Indian journal of veterinary science and animal husbandry - Volume 4,
Year: 1934
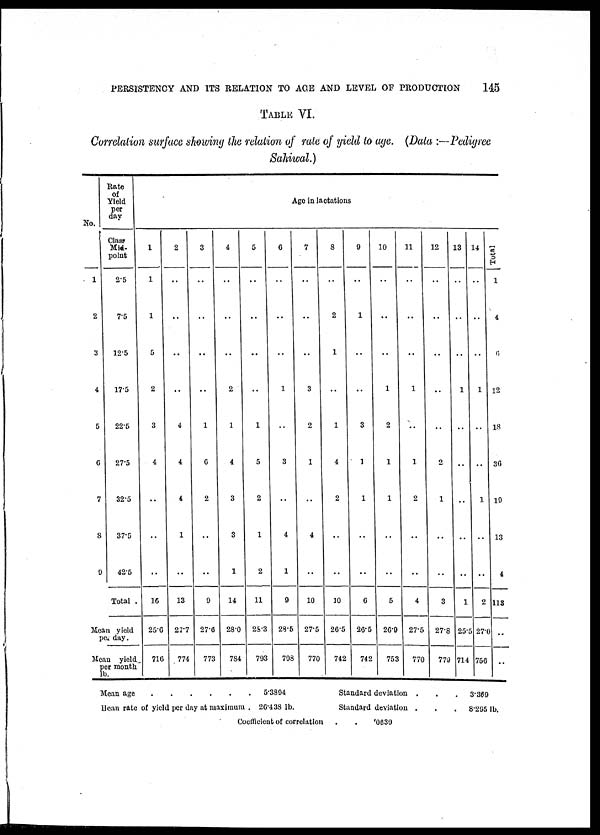
PERSISTENCY AND ITS RELATION TO AGE AND LEVEL OF PRODUCTION
145
TABLE VI.
Correlation surface showing the relation of rate of yield to age. (Data :—Pedigree
Sahiwal.)
No.
1
2
3
4
5
6
7
8
9
Rate
of
Yield
per
day
Class
Mid-
point
2.5
7.5
12.5
17.5
22.5
27.5
32.5
37.5
42.5
Total .
Mean yield
per day.
Mean yield
per month
lb.
1
1
1
5
2
3
4
..
..
..
16
25.6
716
2
..
..
..
..
4
4
4
1
..
13
27.7
774
3
..
..
..
..
1
6
2
..
..
0
27.6
773
4
..
..
..
2
1
4
3
3
1
14
28.0
784
5
..
..
..
..
1
5
2
1
2
11
28.3
793
Age in lactations
6
..
..
..
1
..
3
..
4
1
9
28.5
798
7
..
..
..
3
2
1
..
4
..
10
27.5
770
8
..
2
1
..
1
4
2
..
..
10
26.5
742
9
..
1
..
..
3
1
1
..
..
0
26.5
742
10
..
..
..
1
2
1
1
..
5
26.9
753
11
..
..
..
1
..
1
2
..
..
4
27.5
770
12
..
..
..
..
..
2
1
..
..
3
27.8
779
13
..
..
..
1
..
..
..
..
..
1
25.5
714
14
..
..
..
1
..
..
1
..
..
2
27.0
756
Total
1
4
6
12
18
36
19
13
4
118
..
..
Mean age
.
.
.
.
.
.
5.3894
Mean rate of yield per day at maximum . 26.438 lb.
Standard deviation .
. . 3.369
Standard deviation .
. . 8.295 lb.
Coefficient of correlation
.
.
.0639